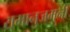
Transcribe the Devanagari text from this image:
रामानुजमनी